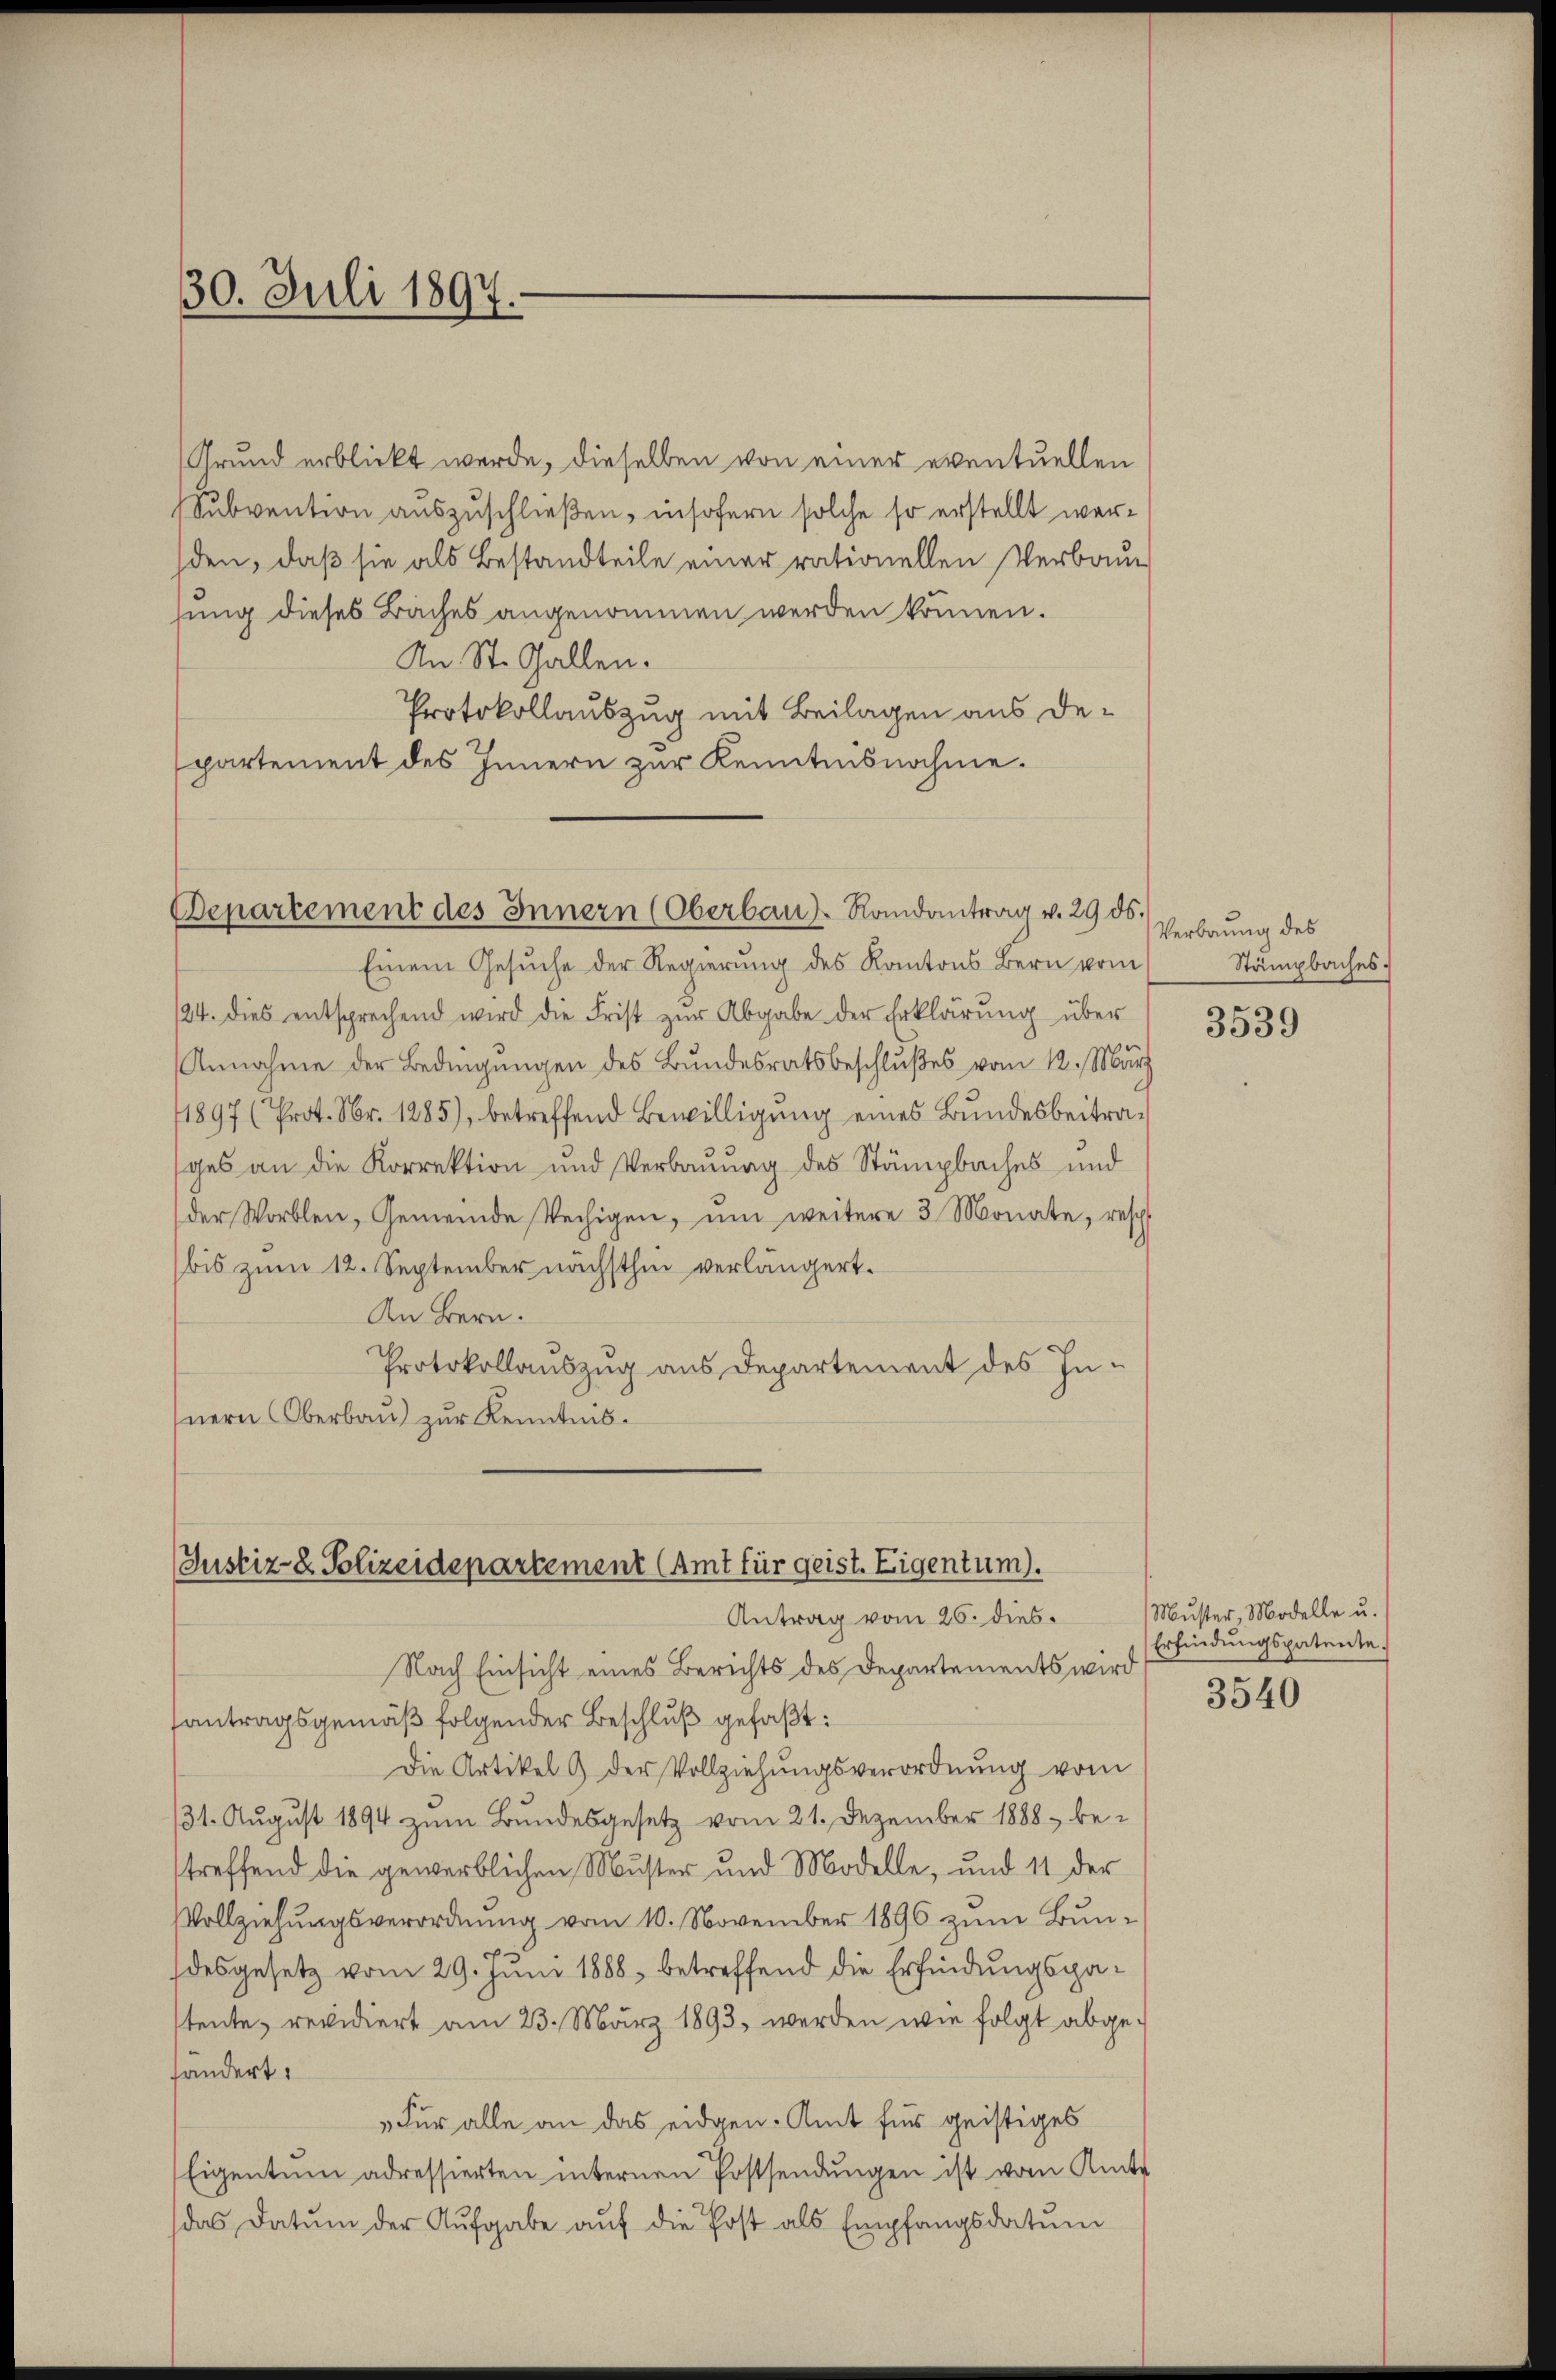
30. Juli 1897.

Grund erblickt werde, dieselben von einer eventuellen
Subvention auszuschließen, insofern solche so erstellt werden, daß sie als Bestandteile einer rationellen Verbausung dieses Baches angenommen werden können.
An St. Gallen.
Protokollauszug mit Beilagen aus departement des Innern zur Kenntnisnahme.

Departement des Innern (Oberbaus Randantrag v. 29 ds.

Einem Gesuche der Regierung des Kantons Bern vom
24. dies entsprechend wird die Frist zur Abgabe der Erklärung über
Annahme der Bedingungen des Bundesratsbeschlußes vom 12. März
1897 (Prot. Nr. 1285), betreffend Bewilligung eines Bundesbeitrages an die Korrektion und Verbauung des Stämpbaches und
der Worblen, Gemeinde Wechigen, ŭm weitere 3 Monate, resp.
bis zum 12. September nächsthin verlängert.
An Bern.
Protokollauszug aus Departement des In-
nern Oberbau zur Kenntnis.

Justiz- u. Polizeidepartement (Amt für geist. Eigentum).
Antrag vom 26. dies

Nach Einsicht eines Berichts des Departements wird
antragsgemäß folgender Beschluß gefaßt:
Die Artikel 9 der Vollziehungsverordnung vom
31. August 1894 zum Bundesgesetz vom 21. Dezember 1888 be-
treffend die gewerblichen Muster und Modelle, und 11 der
Vollziehungsverordnung vom 10. November 1896 zum Bundesgesetz vom 29. Juni 1888 betreffend die Erfindungspatente, revidiert am 23. März 1893, werden wie folgt abgehändert.
„Für alle an das eidgen. Amt für geistiges
Eigentum adressierten internen Postsendungen ist vom Amts
das Datum der Aufgabe aŭf die Post als Empfangsdatum

Verbrung des
Stämpbaches.

3539

Muster, Modelle u.
Erfindungspatente.
3540